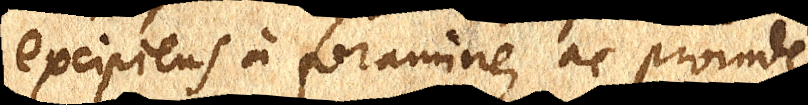
excipiens a foramine, ac proinde